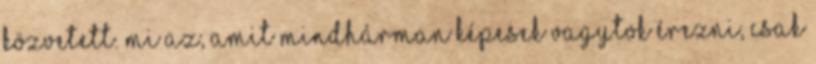
közvetett. Mi az, amit mindhárman képesek vagytok érezni, csak